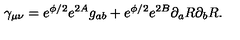
\gamma _ { \mu \nu } = e ^ { \phi / 2 } e ^ { 2 A } g _ { a b } + e ^ { \phi / 2 } e ^ { 2 B } \partial _ { a } R \partial _ { b } R .